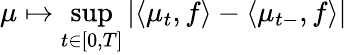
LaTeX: \mu\mapsto\operatorname*{sup}_{t\in[0,T]}|\langle\mu_{t},f\rangle-\langle\mu_{t-},f\rangle|